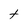
Character: t